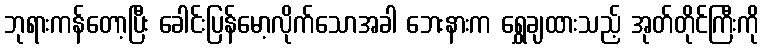
ဘုရားကန်တော့ပြီး ခေါင်းပြန်မော့လိုက်သောအခါ ဘေးနားက ရွှေချထားသည့် အုတ်တိုင်ကြီးကို